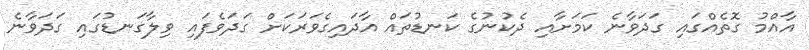
އާއްމު ގޮތެއްގައި ގަދަވާނެ ކަމަށާއި ދެކުނުގެ ކަނޑުތައް އާދައިގެވަރަކަށް ގަދަވެފައި ވިލާގަނޑުގައި ގަދަވާނެ